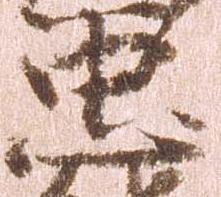
忠